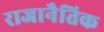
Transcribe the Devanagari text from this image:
राजानैतिक